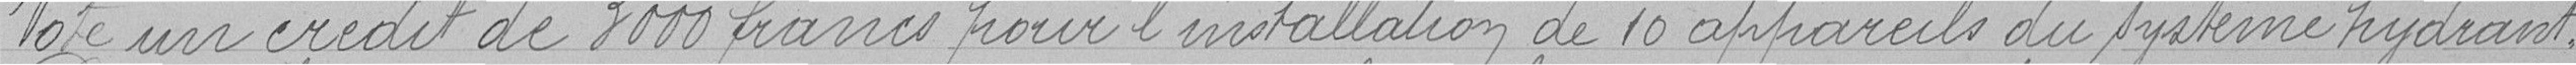
Vote un crédit de 3000 francs pour l'installation de 10 appareils du système hydrant